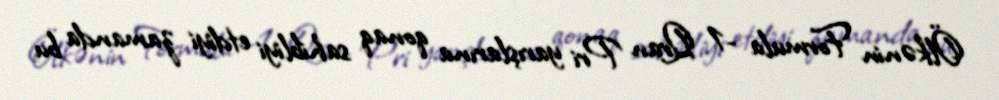
Ölkənin Formula -1 Qran Pri yarışlarına qonaq sahibliyi etdiyi zamanda bu